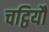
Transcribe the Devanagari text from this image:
चट्ठियौ